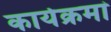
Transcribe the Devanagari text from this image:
कार्यक्रमां